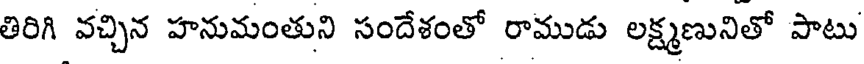
తిరిగి వచ్చిన హనుమంతుని సందేశంతో రాముడు లక్ష్మణునితో పాటు